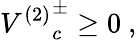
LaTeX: {V^{(2)}}_{c}^{\pm}\geq 0\ ,